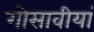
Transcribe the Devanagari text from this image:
गोसावीयां